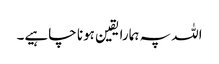
اللہ پہ ہمارا یقین ہونا چاہیے۔